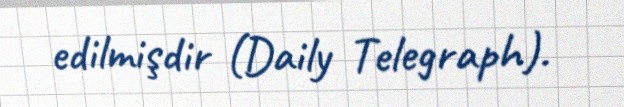
edilmişdir (Daily Telegraph).